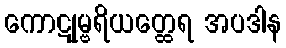
ကောဋုမ္ဗရိယတ္ထေရ အပဒါန